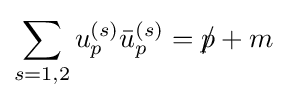
\sum _{s=1,2}{u_{p}^{(s)}{\bar {u}}_{p}^{(s)}}=p\!\!\!/+m